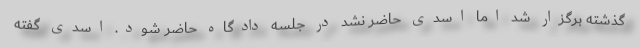
گذشته برگزار شد اما اسدی حاضر نشد در جلسه دادگاه حاضر شود. اسدی گفته